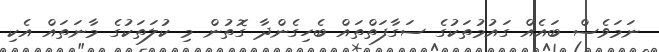
ނަމަވެސް ބައެއް ގައުމުތަކުގެ ސަގާފަތްތައް ބެހިގެންދާ ގޮތުން މި ކުލަތަކުގެ މާނަތައް އެކި